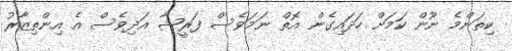
ކިތަންމެ ނޫން ކަމަށް ހަދައިގެން އޮތް ނަމަވެސް ފަރީޝާ އަދިވެސް އެ އިންތިޒާރު